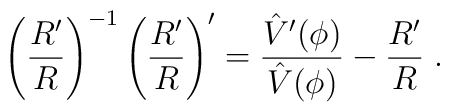
\left({{R'}\over R} \right) ^{-1} \left( {{R'} \over R} \right)^\prime = {{\hat V'(\phi)} \over {\hat V(\phi)}} - {{R'}\over R} \; .